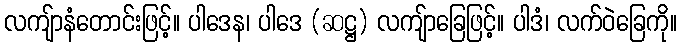
လကျ်ာနံတောင်းဖြင့်။ ပါဒေန၊ ပါဒေ (ဆဋ္ဌ) လကျ်ာခြေဖြင့်။ ပါဒံ၊ လက်ဝဲခြေကို။